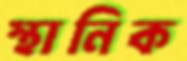
স্থানিক